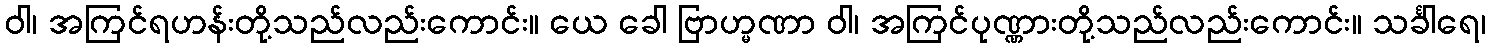
ဝါ၊ အကြင်ရဟန်းတို့သည်လည်းကောင်း။ ယေ ခေါ ဗြာဟ္မဏာ ဝါ၊ အကြင်ပုဏ္ဏားတို့သည်လည်းကောင်း။ သင်္ခါရေ၊